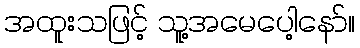
အထူးသဖြင့် သူ့အမေပေါ့နော်။